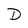
Character: D